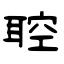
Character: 聜